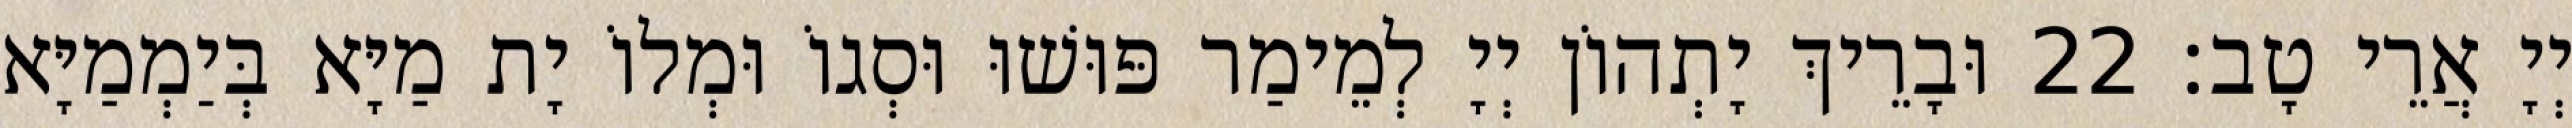
יְיָ אֲרֵי טָב׃ 22 וּבָרֵיךְ יָתְהוֹן יְיָ לְמֵימַר פּוּשׁוּ וּסְגוֹ וּמְלוֹ יָת מַיָּא בְּיַמְמַיָּא